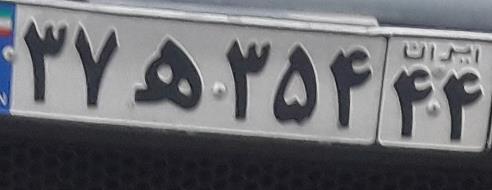
۳۷ه۳۵۴۴۴